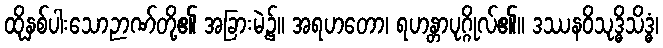
ထိုနှစ်ပါးသောဉာဏ်တို့၏ အခြားမဲ့၌။ အရဟတော၊ ရဟန္တာပုဂ္ဂိုလ်၏။ ဒဿနဝိသုဒ္ဓိသိဒ္ဓံ၊